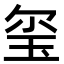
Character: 玺